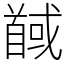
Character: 馘